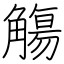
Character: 觴